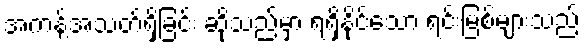
အကန့်အသတ်ရှိခြင်း ဆိုသည်မှာ ရရှိနိုင်သော ရင်းမြစ်များသည်